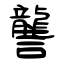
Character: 讋